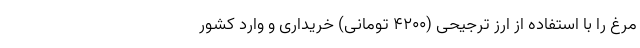
مرغ را با استفاده از ارز ترجیحی (۴۲۰۰ تومانی) خریداری و وارد کشور